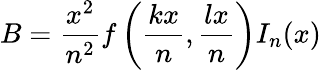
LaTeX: B=\frac{x^{2}}{n^{2}}f\left(\frac{kx}{n},\frac{lx}{n}\right)I_{n}(x)